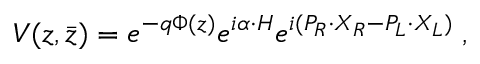
V ( z , \bar { z } ) = e ^ { - q \Phi ( z ) } e ^ { i \alpha \cdot H } e ^ { i ( P _ { R } \cdot X _ { R } - P _ { L } \cdot X _ { L } ) } \; ,